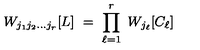
W _ { j _ { 1 } j _ { 2 } \ldots j _ { r } } [ L ] \ = \ \prod _ { \ell = 1 } ^ { r } \ W _ { j _ { \ell } } [ C _ { \ell } ]